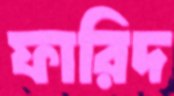
ফারিদ